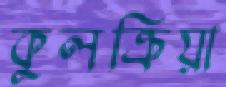
কুলক্রিয়া